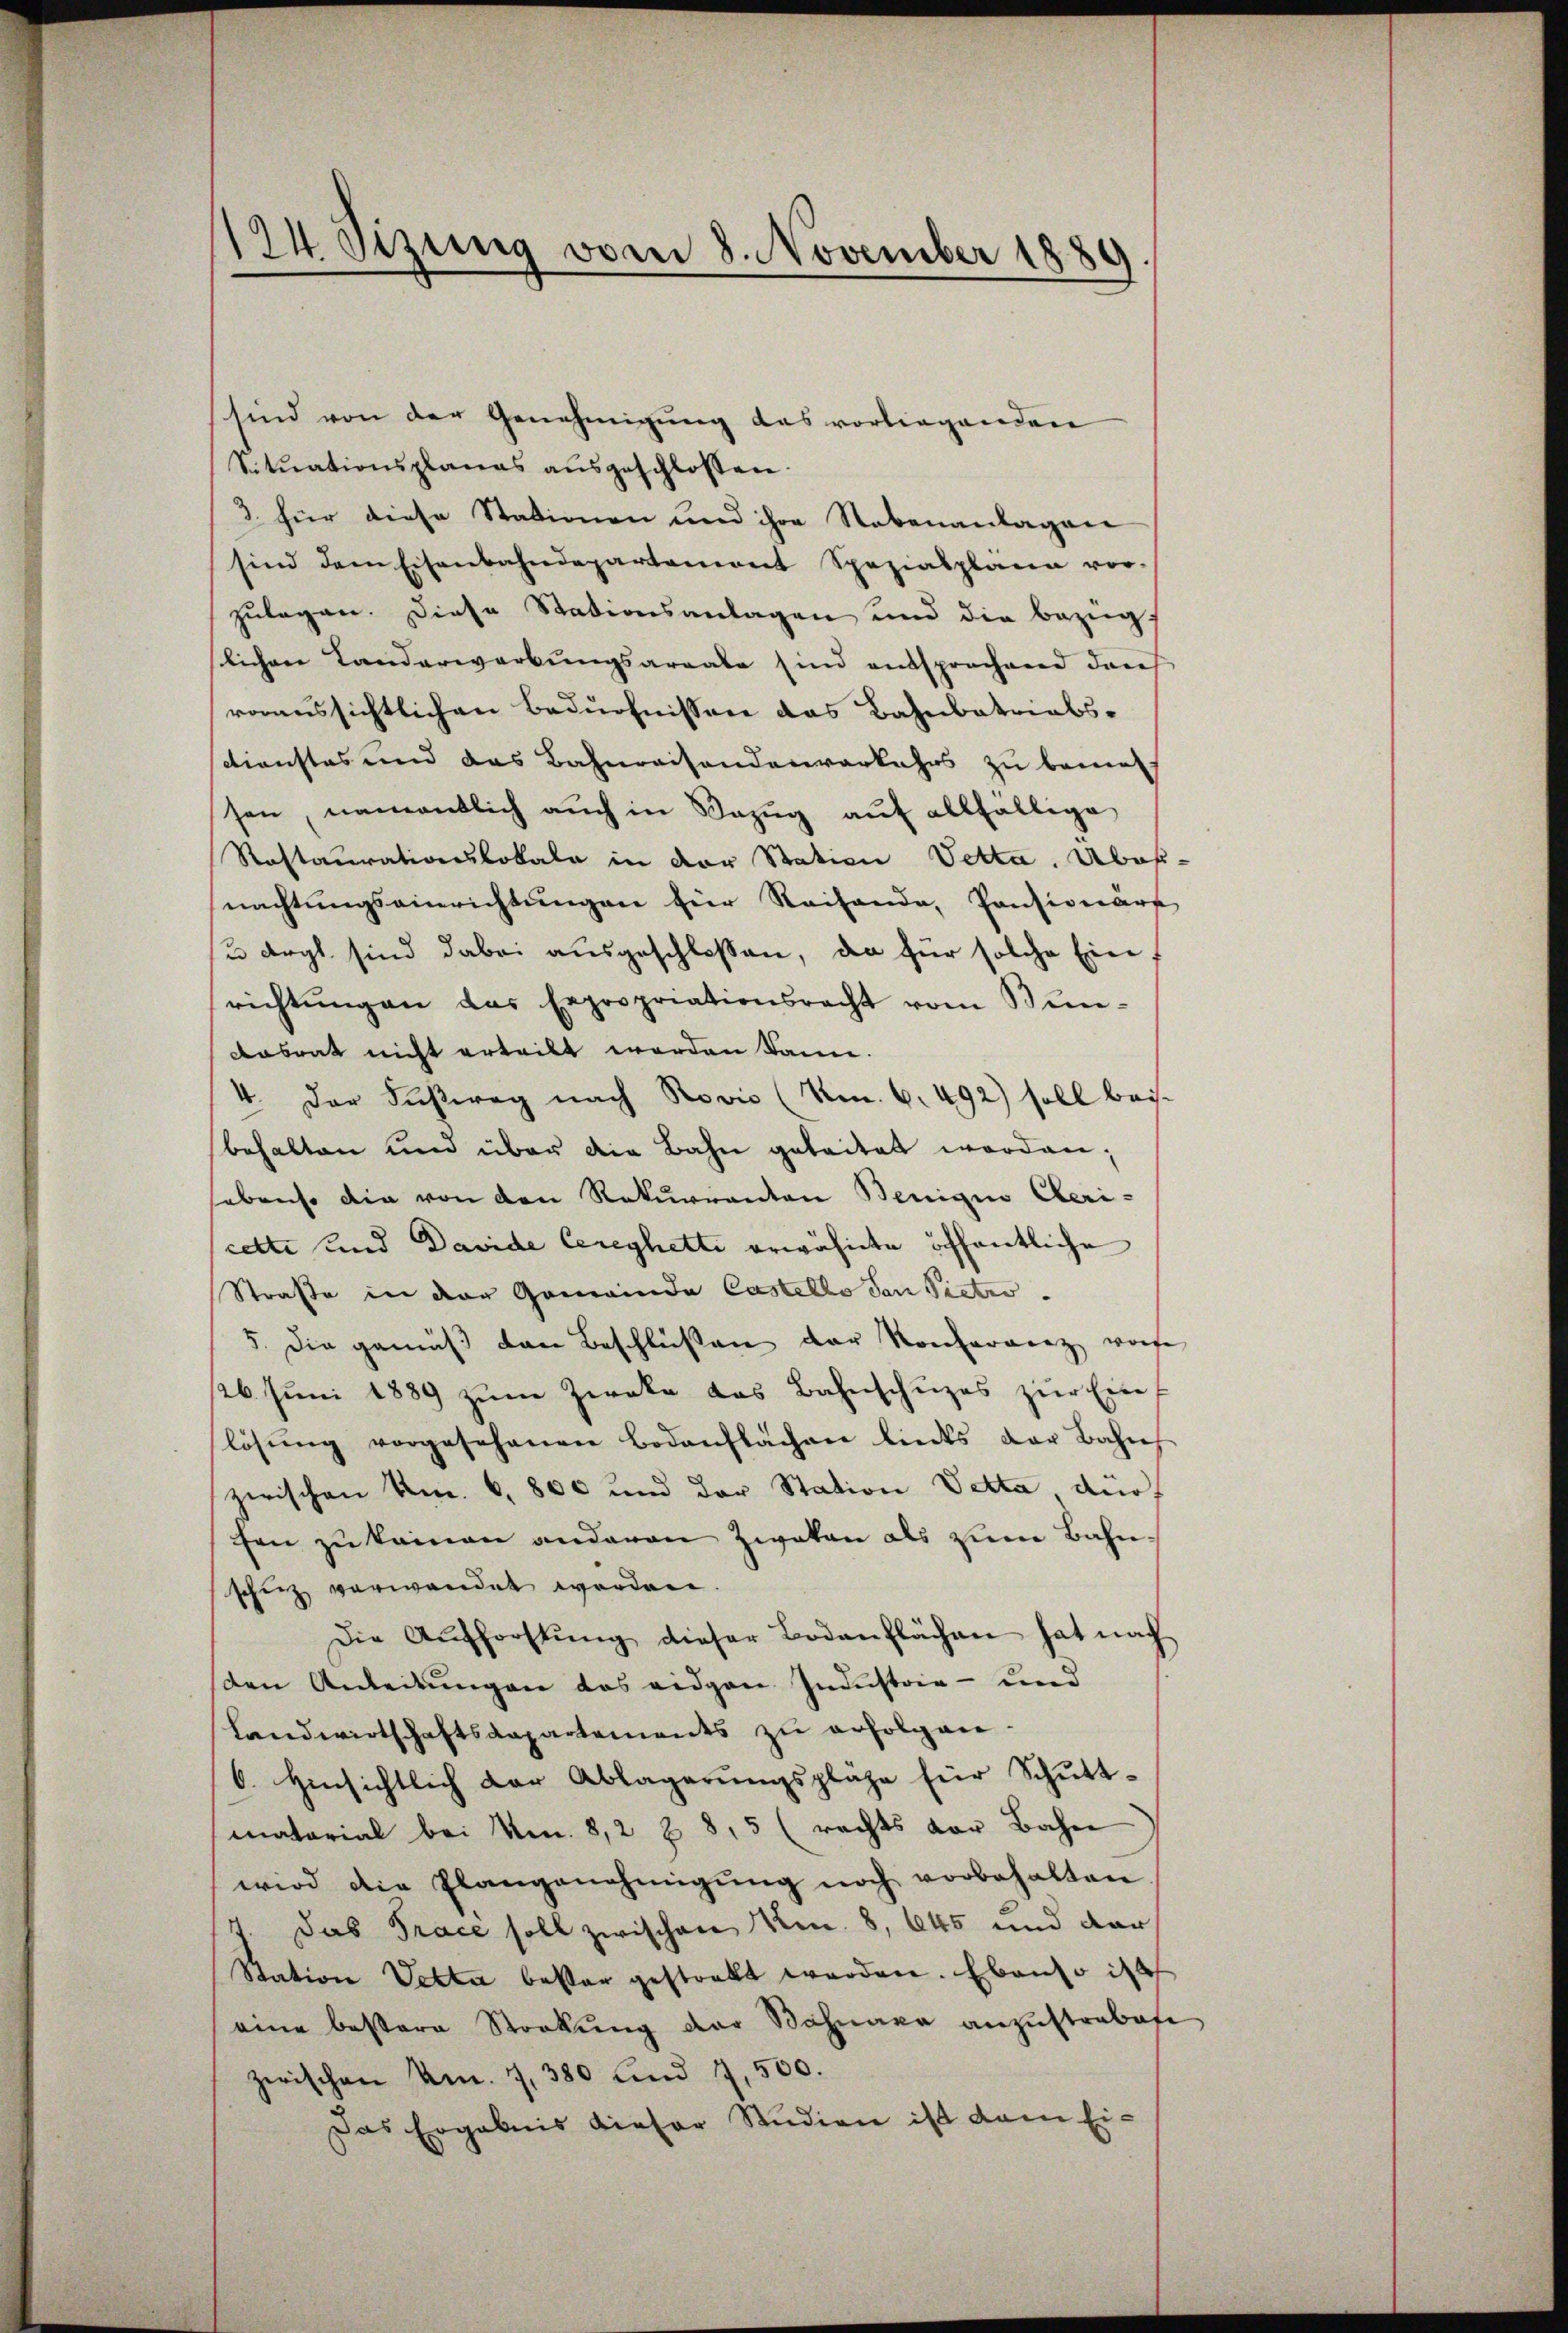
sind von der Genehmigung das vorliegenden
Situationsplanes aŭsgeschlossen.
3. für diese Stationen und ihre Nebenanlagen
sind dem Eisenbahndepartement Spezialplana vor-
zulagen. Diese Stationsanlagen und die Bezug
slichen Landerwerbungsareale sind entsprochend darf
voraussichtlichen Bedürfnissen das Bahnbatriabsdienstes und das Bahnraisendenverkehrs zu bemes-
sen, namentlich auch in Bezug auf allfällige
Rastaurationslokale in der Station Vetta. Abos-
nachtungseinrichtungen für Reihande, Pontionäre
u argt sind dabei ausgeschlossen, da für solche Ein
richtungen das Expropriationsrecht vom Bun¬
Aabrat nicht erteilt werden kann.
4. Der Fußweg nach Rovic (Nr. 6. 492) soll beis
behalten und über die Bahn geleitet worden;
sebenso die von den Rekurrenten Beniquo Clericette und Davide Cereyhetti erwähnte öffentliche
Straße in der Gemeinde Castello den Pietro
5. Die gemäß von Beschlüßen der Konferenz vorhe
26. Jŭni 1889 zŭm Zwecke das Bahnschŭzes zŭr Ein-
lösŭng vorgesehenen Bodenflachen liedes der Bahres
zwischen Um. 6, 800 und der Station Vetta dürfen zu kamen anderen Zwakan als zum Bahn-
schinz verwendet worden.
Die Aŭsforstŭng dieser Bodenflächen hat nach
den Anleitungen das eidgen Industria - und
Landwirtschaftsdepartements zu erfolgen.
6. Hinsichtlich der Ablagerŭngspläge für Schŭtt-
matorial bei Nm. 8,2 Z 8, 5 (rechts vor Bahn
wird die Plangenehmigŭng noch vorbehalten
1. Das Trace soll zwischen an. 8, 645 und dar
Station Vetta bester gestrakt werden. Ebenso ist
eine bestere Stockŭng der Bahnara anzŭstrabate
zwischen Am. 1, 380 und 1,500.
Das Ergebnis dieser Studien ist dem Ei¬

124 Stzung vom 8. November 1889.